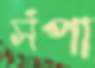
সঁপা